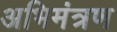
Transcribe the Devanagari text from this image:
अभिमंत्रण